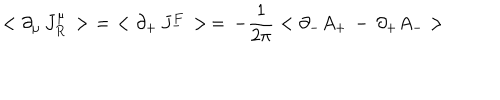
LaTeX: < \partial _ { \mu } \, J _ { R } ^ { \mu } \, > \, \, = \, \, < \partial _ { + } \, J _ { - } ^ { F } \, > \, = \, - { \frac { 1 } { 2 \pi } } < \partial _ { - } A _ { + } \, - \, \partial _ { + } A _ { - } >